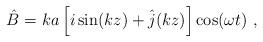
LaTeX: \begin{align*}\hat{B}=ka\left[i\sin (kz)+\hat{j}(kz)\right]\cos (\omega t)\ ,\end{align*}